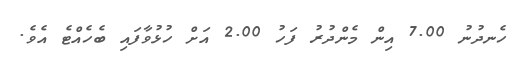
ހެނދުނު 7.00 އިން މެންދުރު ފަހު 2.00 އަށް ހުޅުވާފައި ބެހެއްޓެ އެވެ.